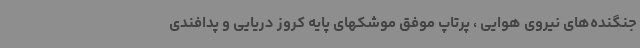
جنگنده‌های نیروی هوایی ، پرتاپ موفق موشکهای پایه کروز دریایی و پدافندی